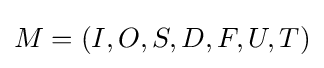
M=(I,O,S,D,F,U,T)